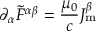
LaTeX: \partial _ { \alpha } { { \tilde { F } } ^ { \alpha \beta } } = { \frac { \mu _ { 0 } } { c } } J _ { \mathrm { m } } ^ { \beta }